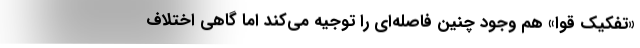
«تفکیک قوا» هم وجود چنین فاصله‌ای را توجیه می‌کند اما گاهی اختلاف